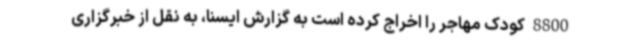
8800 کودک مهاجر را اخراج کرده است به گزارش ایسنا، به نقل از خبرگزاری